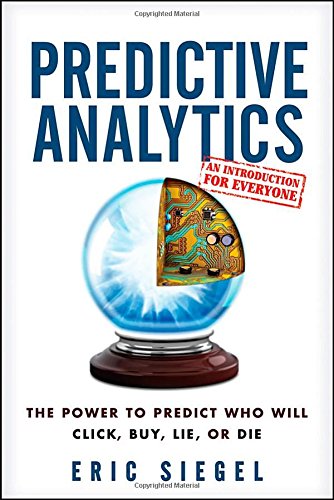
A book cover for Predictive Analytics: The Power to Predict Who Will Click, Buy, Lie, or Die; Eric Siegel; Business & Money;